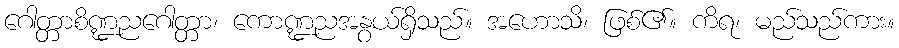
ဂေါတ္တာစိဏ္ဍညဂေါတ္တာ၊ ကောဏ္ဍညအနွယ်ရှိသည်။ အဟောသိ၊ ဖြစ်၏။ ကိရ၊ မည်သည်ကား။